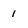
Character: 1